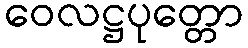
ဝေလဋ္ဌပုတ္တော